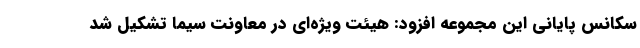
سکانس پایانی این مجموعه افزود: هیئت ویژه‌ای در معاونت سیما تشکیل شد